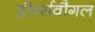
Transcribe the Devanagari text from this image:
हौर्न्सवौगल